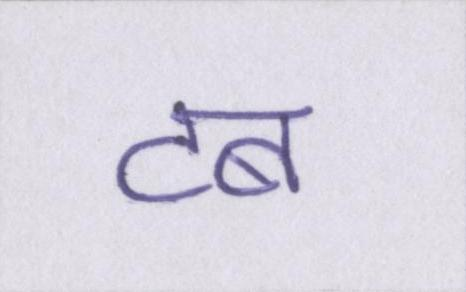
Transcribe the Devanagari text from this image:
टब